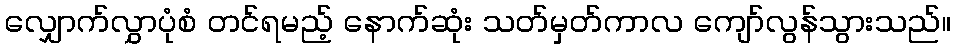
လျှောက်လွှာပုံစံ တင်ရမည့် နောက်ဆုံး သတ်မှတ်ကာလ ကျော်လွန်သွားသည်။